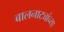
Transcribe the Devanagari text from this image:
बालनाट्यांच्या